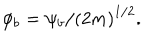
LaTeX: \phi _ { b } = \psi _ { b } / \left( 2 m \right) ^ { 1 / 2 } .